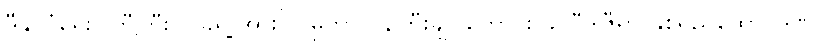
ဒီနိုင်ငံရေးပါတီကြီး ၂ ခုရဲ့ အားပြိုင်မှုဟာ ဝန်ကြီးချုပ်ဟောင်း ခါလီဒါဇီရာ နှစ်ရှည်ထောင်ဒဏ်